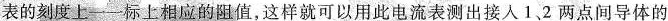
表的刻度上——标上相应的阻值，这样就可以用此电流表测出接人1.2两点间导体的